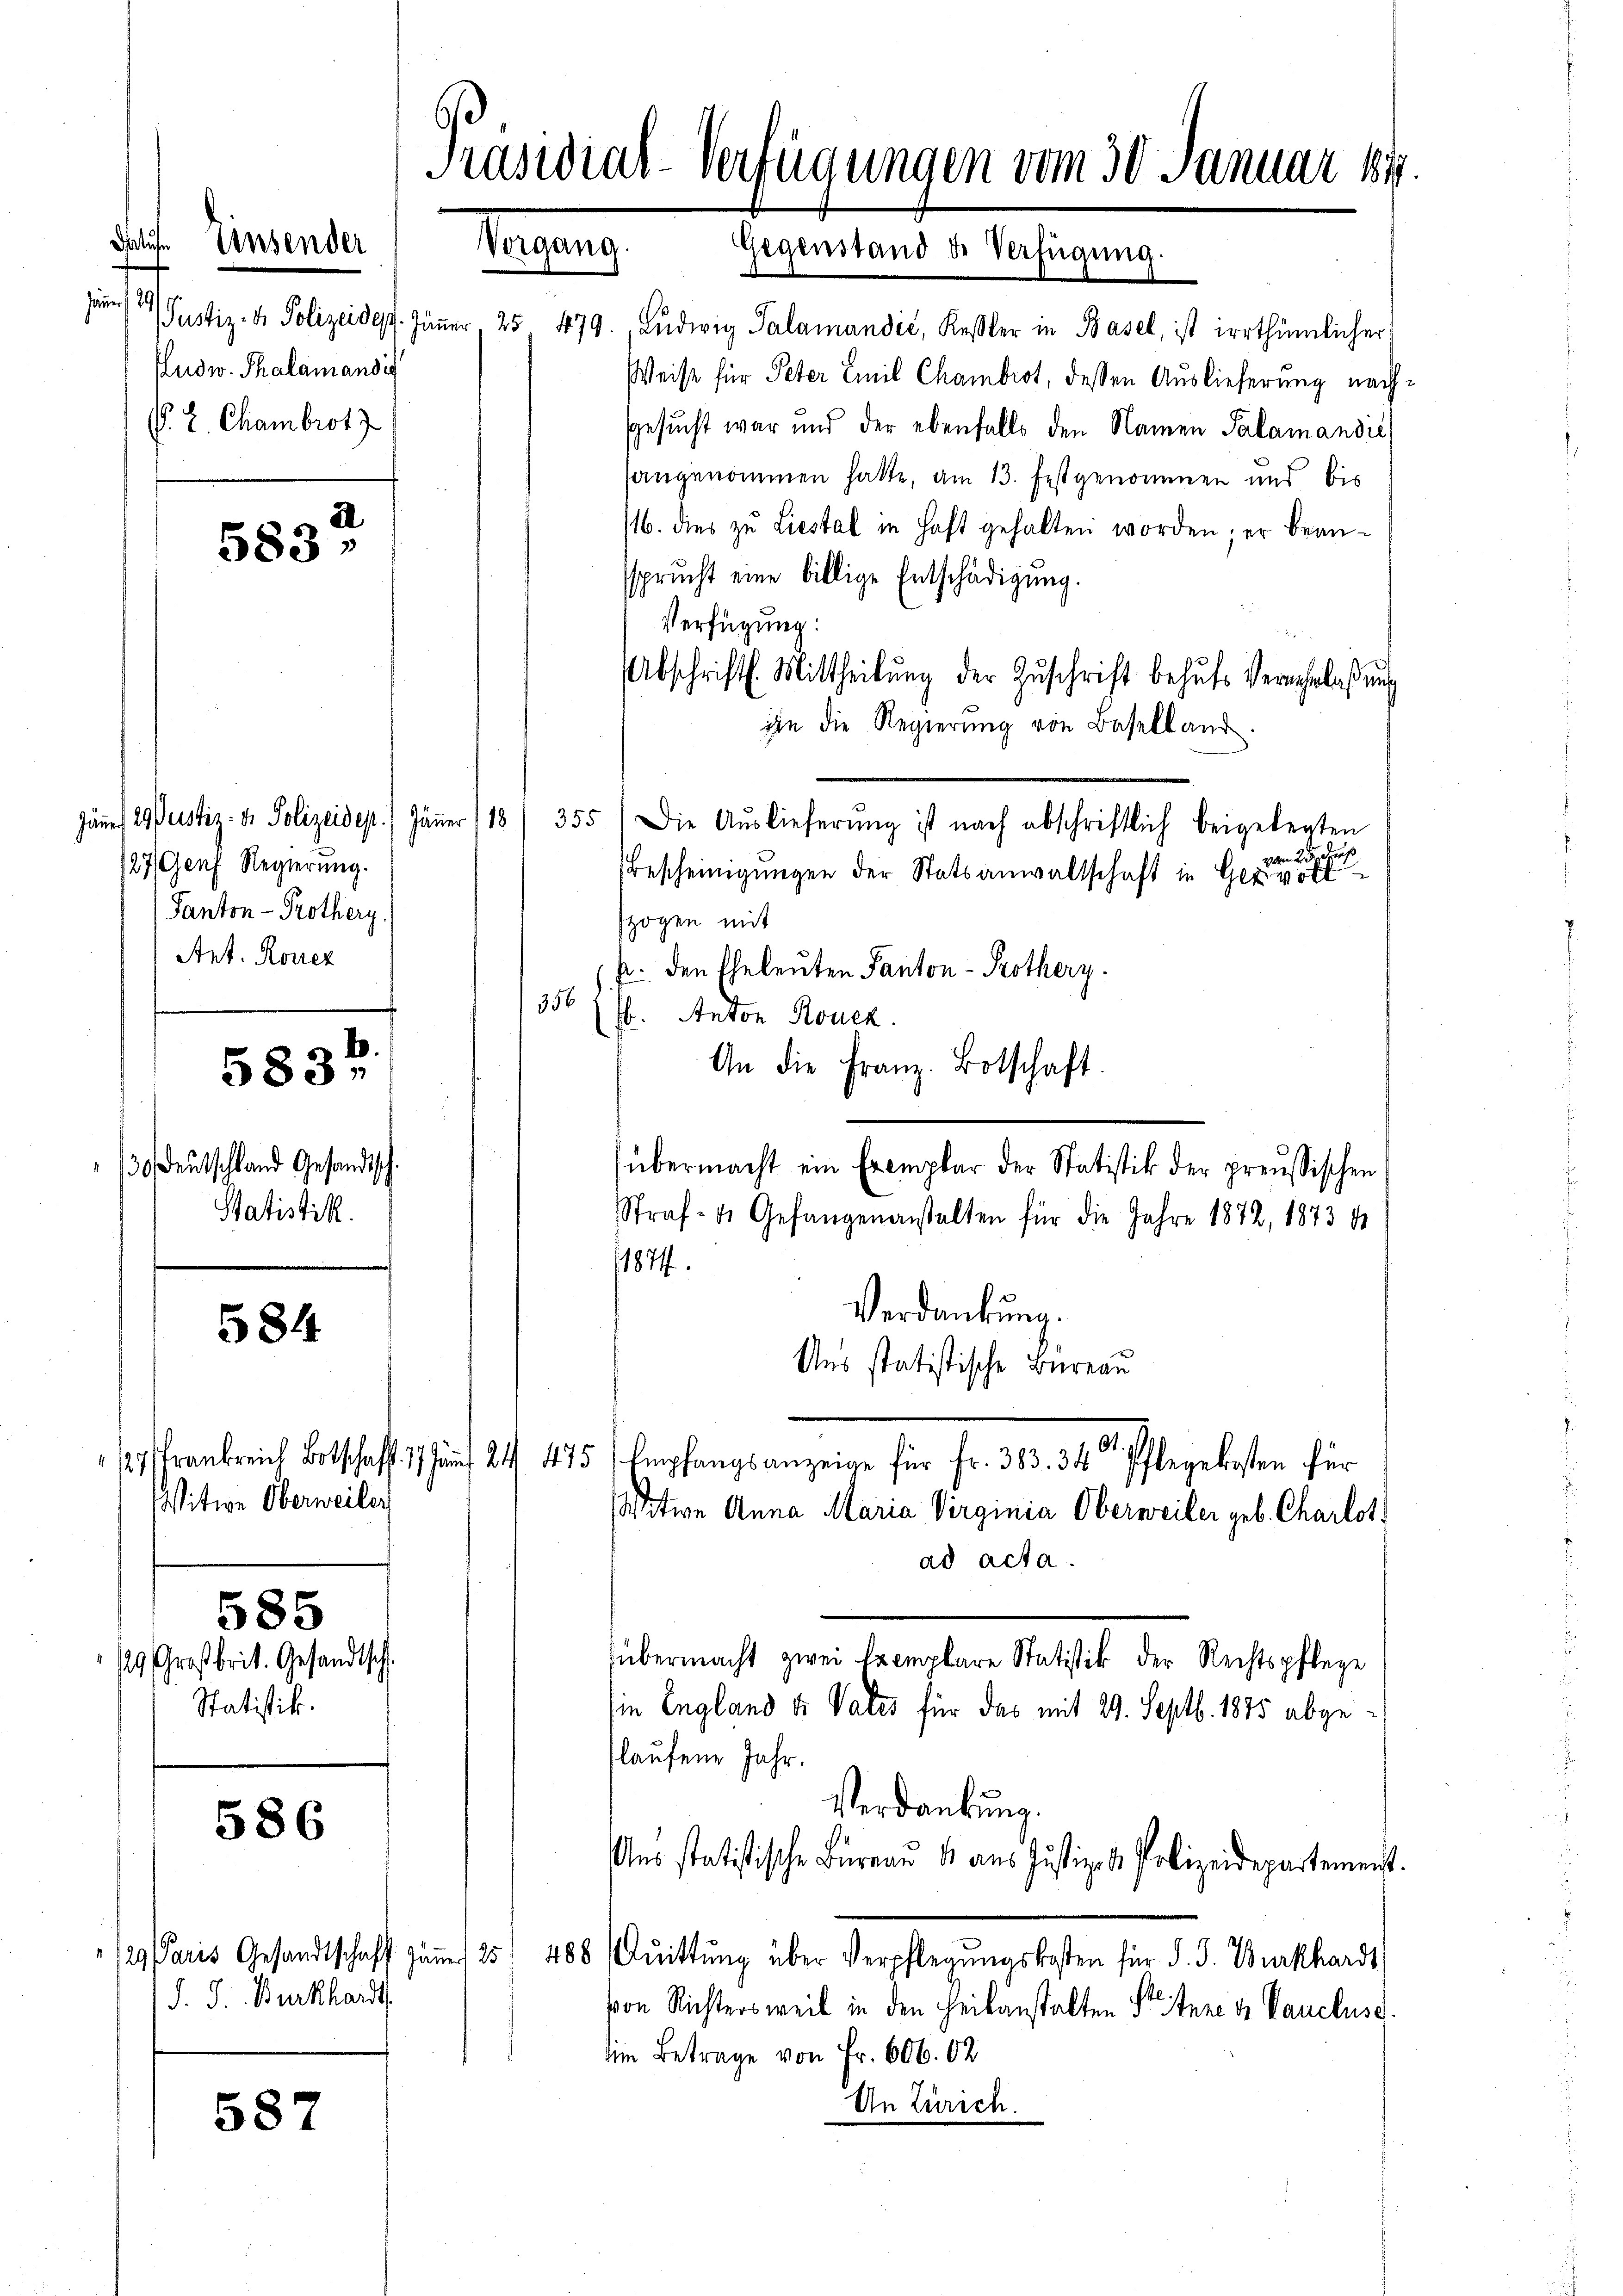
is

dat. Einsender

fludw. Thalamandid
. L. Chambrot z

a
583;

127, Genf Regierung.
Panton - Protherg
Ant. Korrez
5834
/30. Deutschland Gesandtsch.
Statistik.

584

Witwe Oberweiler
585
129. Großbrit. Gesandtsch.
Statistik.

586

587

J. J. Burkhardt

Präsidial-Verfügungen vom 30. Januar 184.
Vorgang. Gegenstand de Verfügŭng.

Justiz- & Polizeide. Jäṅer 25 479. Ludwig Salamandić, Kessler in Basel, ist irrthümlicher
Weise für Peter Emil Chambrot, dessen Auslieferung nach¬
Gesucht war und der ebenfalls den Namen Salamandić
sangenommen hatte, am 13. festgenommen und bis
/16. dies zu Liestal in haft gehalten worden; er beanssprucht eine billige Entschädigung.
Verfügung:
Abschrift. Mittheilŭng der Zŭschrift behŭfs Verwehrlaβŭng
jin die Regierung von Baselland
Jäne, 2. Justiz- u. Polizeides. Jäṅer 118/ 355) Die Aŭslieferŭng ist nach abschriftlich beigelegten
vom 2. 5. dieß
Bescheinigungen der Statsanwaltschaft in Gerivolt
zogen mit
k. den Eheleuten Panton - Protherz.
356
Eb. Anton Rouek.
An die Franz. Botschaft.
übermacht ein Exemplar der Statistik der preußischen
Straf- & Gefangenanstalten für die Jahre 1872, 1873 b
1874.
Verdankung.
Uns statistische Bureau
 Krankreich Botschaff 17 n 24. 175. Empfangsanzeige für Fr. 305. 34 St. Pflegekosten für
Witwe Anna Maria Virginia Oberweiler geb. Charlot
ad acta.
übermacht zwei Exemplare Statistik der Rechtspflege
sie England u. Vates für das mit 29. Septb. 1885 abgeflaufene Jahr.
Verdankung.
Ans statistische Büreau & aus Justiz- & Polizeidepartemenst.
129 Paris Gesandtschaft zum 25. 488 Qŭittŭng über Verpflegŭngskosten für d. J. Burkhards
von Richtersweil in den Heilanstalten Streitere v. Pauclus
am Betrage von Fr. 606. 02
An Zürich.